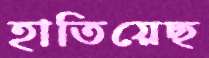
হাতিয়েছ